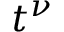
t ^ { \nu }